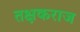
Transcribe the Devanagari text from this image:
तक्षकराज